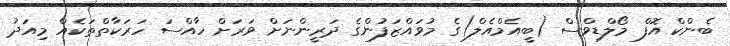
ބެންކް އޮފް މޯލްޑިވްސް (ބީއެމްއެލް)ގެ މުވައްޒަފުންގެ ދަރީންނަށް ވަރަށް ހާއްސަ ހަރަކާތްތަކެއް މިއަދު